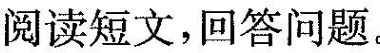
阅读短文,回答问题.